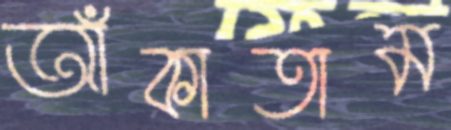
আঁকাতাম